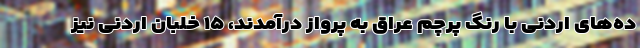
ده‌های اردنی با رنگ پرچم عراق به پرواز درآمدند، ۱۵ خلبان اردنی نیز